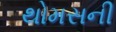
થોમસની